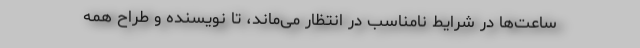
ساعت‌ها در شرایط نامناسب در انتظار می‌ماند، تا نویسنده و طراح همه